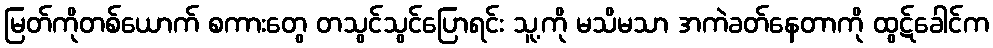
မြတ်ကိုတစ်ယောက် စကားတွေ တသွင်သွင်ပြောရင်း သူ့ကို မသိမသာ အကဲခတ်နေတာကို ထွဋ်ခေါင်က